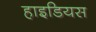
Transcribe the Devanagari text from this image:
हाइडियस